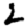
Digit: 2